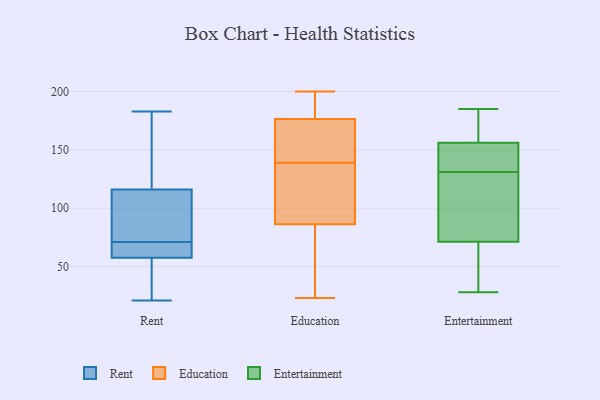
{"axis": {"x": "Revenue (USD Million)", "y": "Value"}, "legend": ["Education", "Entertainment", "Rent"], "data": [{"x": "", "y": 53, "type": "Rent"}, {"x": "", "y": 67, "type": "Rent"}, {"x": "", "y": 183, "type": "Rent"}, {"x": "", "y": 116, "type": "Rent"}, {"x": "", "y": 116, "type": "Rent"}, {"x": "", "y": 71, "type": "Rent"}, {"x": "", "y": 21, "type": "Rent"}, {"x": "", "y": 62, "type": "Rent"}, {"x": "", "y": 88, "type": "Rent"}, {"x": "", "y": 95, "type": "Rent"}, {"x": "", "y": 59, "type": "Rent"}, {"x": "", "y": 28, "type": "Rent"}, {"x": "", "y": 124, "type": "Rent"}, {"x": "", "y": 176, "type": "Education"}, {"x": "", "y": 150, "type": "Education"}, {"x": "", "y": 163, "type": "Education"}, {"x": "", "y": 60, "type": "Education"}, {"x": "", "y": 134, "type": "Education"}, {"x": "", "y": 109, "type": "Education"}, {"x": "", "y": 23, "type": "Education"}, {"x": "", "y": 159, "type": "Education"}, {"x": "", "y": 200, "type": "Education"}, {"x": "", "y": 44, "type": "Education"}, {"x": "", "y": 63, "type": "Education"}, {"x": "", "y": 183, "type": "Education"}, {"x": "", "y": 178, "type": "Education"}, {"x": "", "y": 94, "type": "Education"}, {"x": "", "y": 95, "type": "Education"}, {"x": "", "y": 139, "type": "Education"}, {"x": "", "y": 190, "type": "Education"}, {"x": "", "y": 117, "type": "Entertainment"}, {"x": "", "y": 54, "type": "Entertainment"}, {"x": "", "y": 160, "type": "Entertainment"}, {"x": "", "y": 28, "type": "Entertainment"}, {"x": "", "y": 145, "type": "Entertainment"}, {"x": "", "y": 53, "type": "Entertainment"}, {"x": "", "y": 105, "type": "Entertainment"}, {"x": "", "y": 129, "type": "Entertainment"}, {"x": "", "y": 77, "type": "Entertainment"}, {"x": "", "y": 168, "type": "Entertainment"}, {"x": "", "y": 37, "type": "Entertainment"}, {"x": "", "y": 176, "type": "Entertainment"}, {"x": "", "y": 131, "type": "Entertainment"}, {"x": "", "y": 185, "type": "Entertainment"}, {"x": "", "y": 155, "type": "Entertainment"}, {"x": "", "y": 153, "type": "Entertainment"}, {"x": "", "y": 144, "type": "Entertainment"}]}